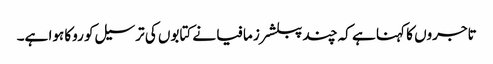
تاجروں کا کہنا ہے کہ چند پبلشرز مافیا نے کتابوں کی ترسیل کو روکا ہوا ہے۔